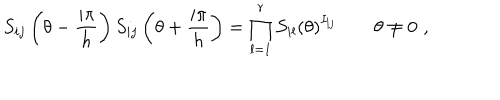
S _ { i j } \left( \theta - \frac { i \pi } { h } \right) S _ { i j } \left( \theta + \frac { i \pi } { h } \right) = \prod _ { l = 1 } ^ { r } S _ { i l } \left( \theta \right) ^ { I _ { l j } } \qquad \theta \neq 0 \, \, ,